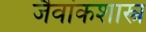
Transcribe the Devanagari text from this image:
जैवांकशास्त्र